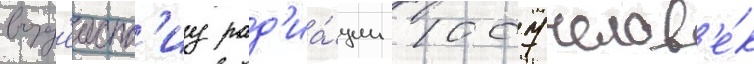
возд'еиств'иу рад'иа́ции 1007 челов'е́к